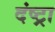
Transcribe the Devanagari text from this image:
दंष्ट्रा